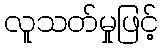
လူသတ်မှုဖြင့်